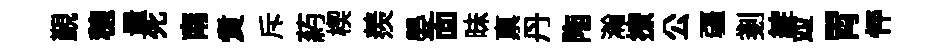
覲穂量死南煑斥葯楔羨晏靣昧禀丹陁瀚撩公疆剗綻竝胃怦